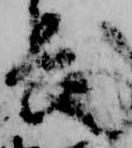
長